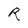
Character: R